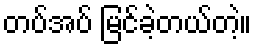
တပ်အပ် မြင်ခဲ့တယ်တဲ့။